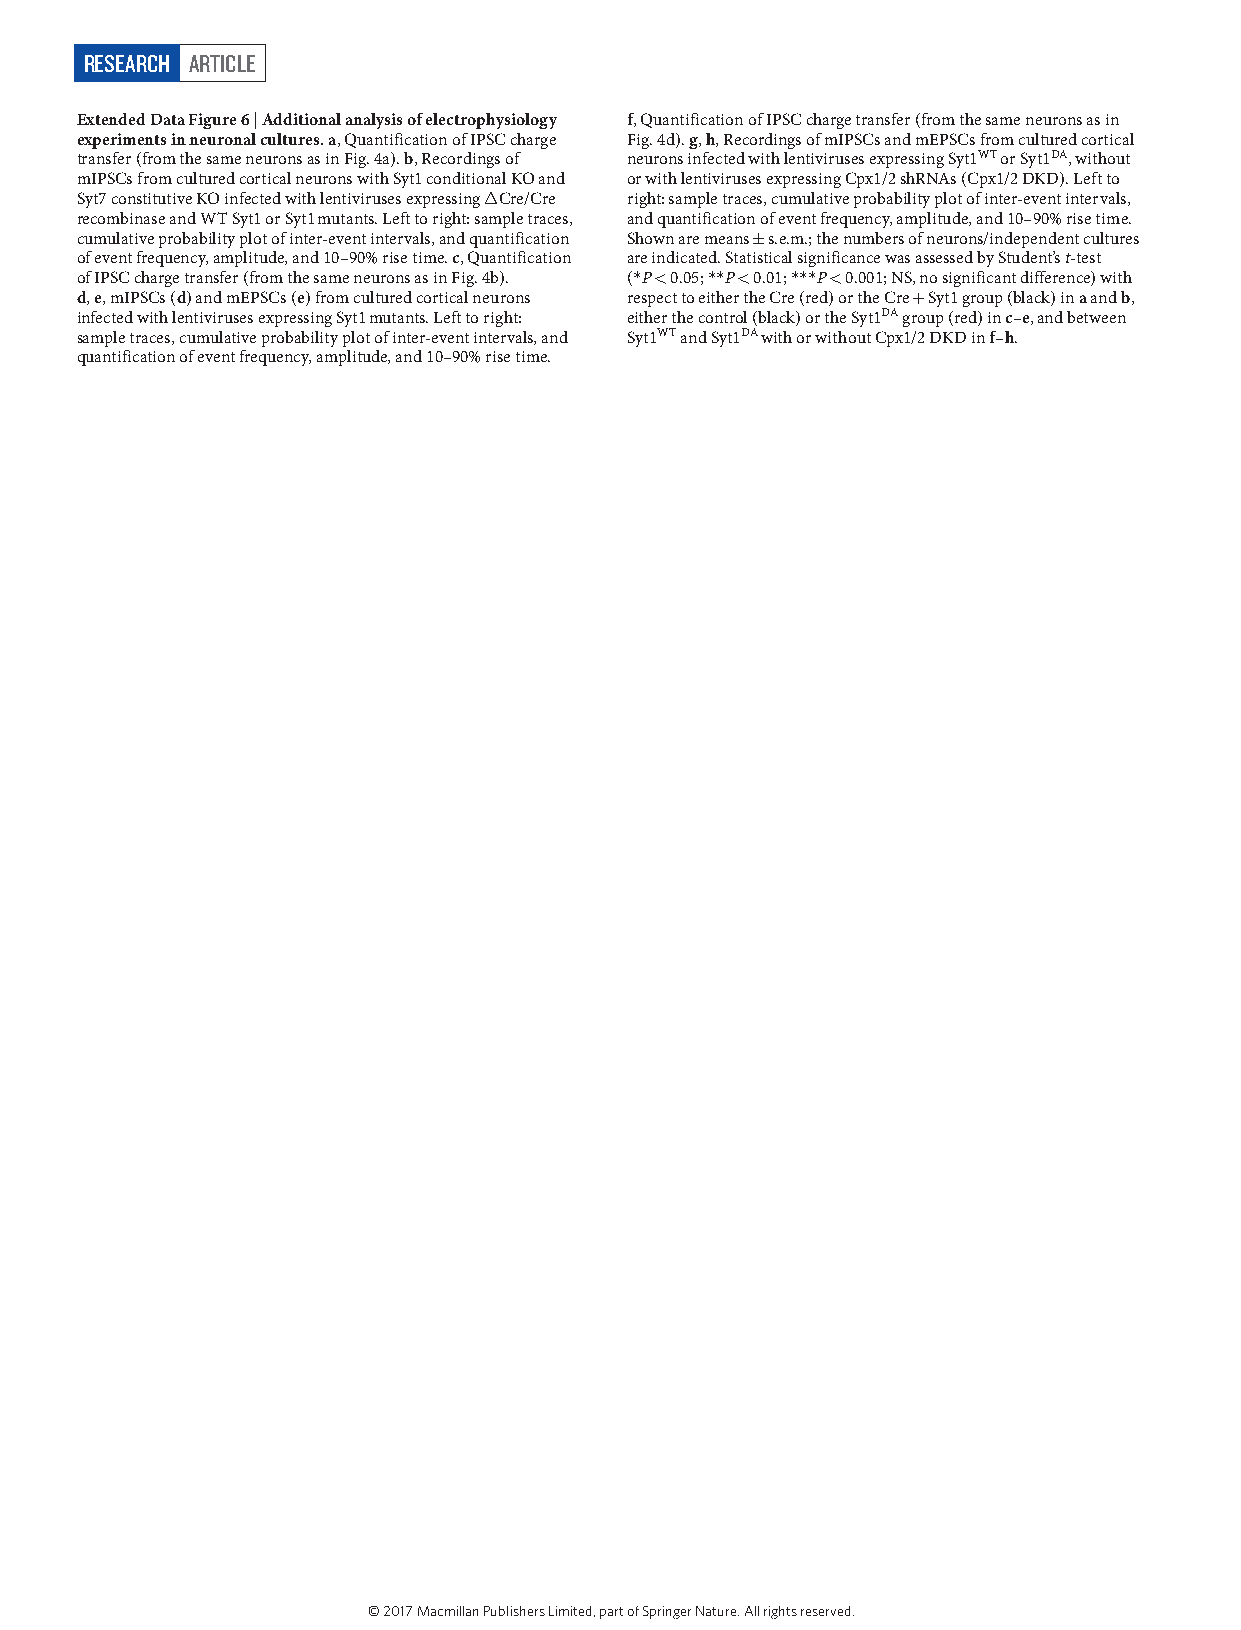
RESEARCH ARTICLE
 Extended Data Figure 6 | Additional analysis of electrophysiology f, Quantification of IPSC charge transfer (from the same neurons as in
 experiments in neuronal cultures. a, Quantification of IPSC charge Fig. 4d). g, h, Recordings of mIPSCs and mEPSCs from cultured cortical
 transfer (from the same neurons as in Fig. 4a). b, Recordings of neurons infected with lentiviruses expressing Syt1WT or Syt1DA, without
 mIPSCs from cultured cortical neurons with Syt1 conditional KO and or with lentiviruses expressing Cpx1/2 shRNAs (Cpx1/2 DKD). Left to
 Syt7 constitutive KO infected with lentiviruses expressing ∆ Cre/Cre right: sample traces, cumulative probability plot of inter-event intervals,
 recombinase and WT Syt1 or Syt1 mutants. Left to right: sample traces, and quantification of event frequency, amplitude, and 10–90% rise time.
 cumulative probability plot of inter-event intervals, and quantification Shown are means ± s.e.m.; the numbers of neurons/independent cultures
 of event frequency, amplitude, and 10–90% rise time. c, Quantification are indicated. Statistical significance was assessed by Student’s t-test
 of IPSC charge transfer (from the same neurons as in Fig. 4b). (* P < 0.05; * * P < 0.01; * * * P < 0.001; NS, no significant difference) with
 d, e, mIPSCs (d) and mEPSCs (e) from cultured cortical neurons respect to either the Cre (red) or the Cre + Syt1 group (black) in a and b,
 infected with lentiviruses expressing Syt1 mutants. Left to right: either the control (black) or the Syt1DA group (red) in c–e, and between
 sample traces, cumulative probability plot of inter-event intervals, and Syt1WT and Syt1DA with or without Cpx1/2 DKD in f–h.
 quantification of event frequency, amplitude, and 10–90% rise time.
 © 2017 Macmillan Publishers Limited, part of Springer Nature. All rights reserved.